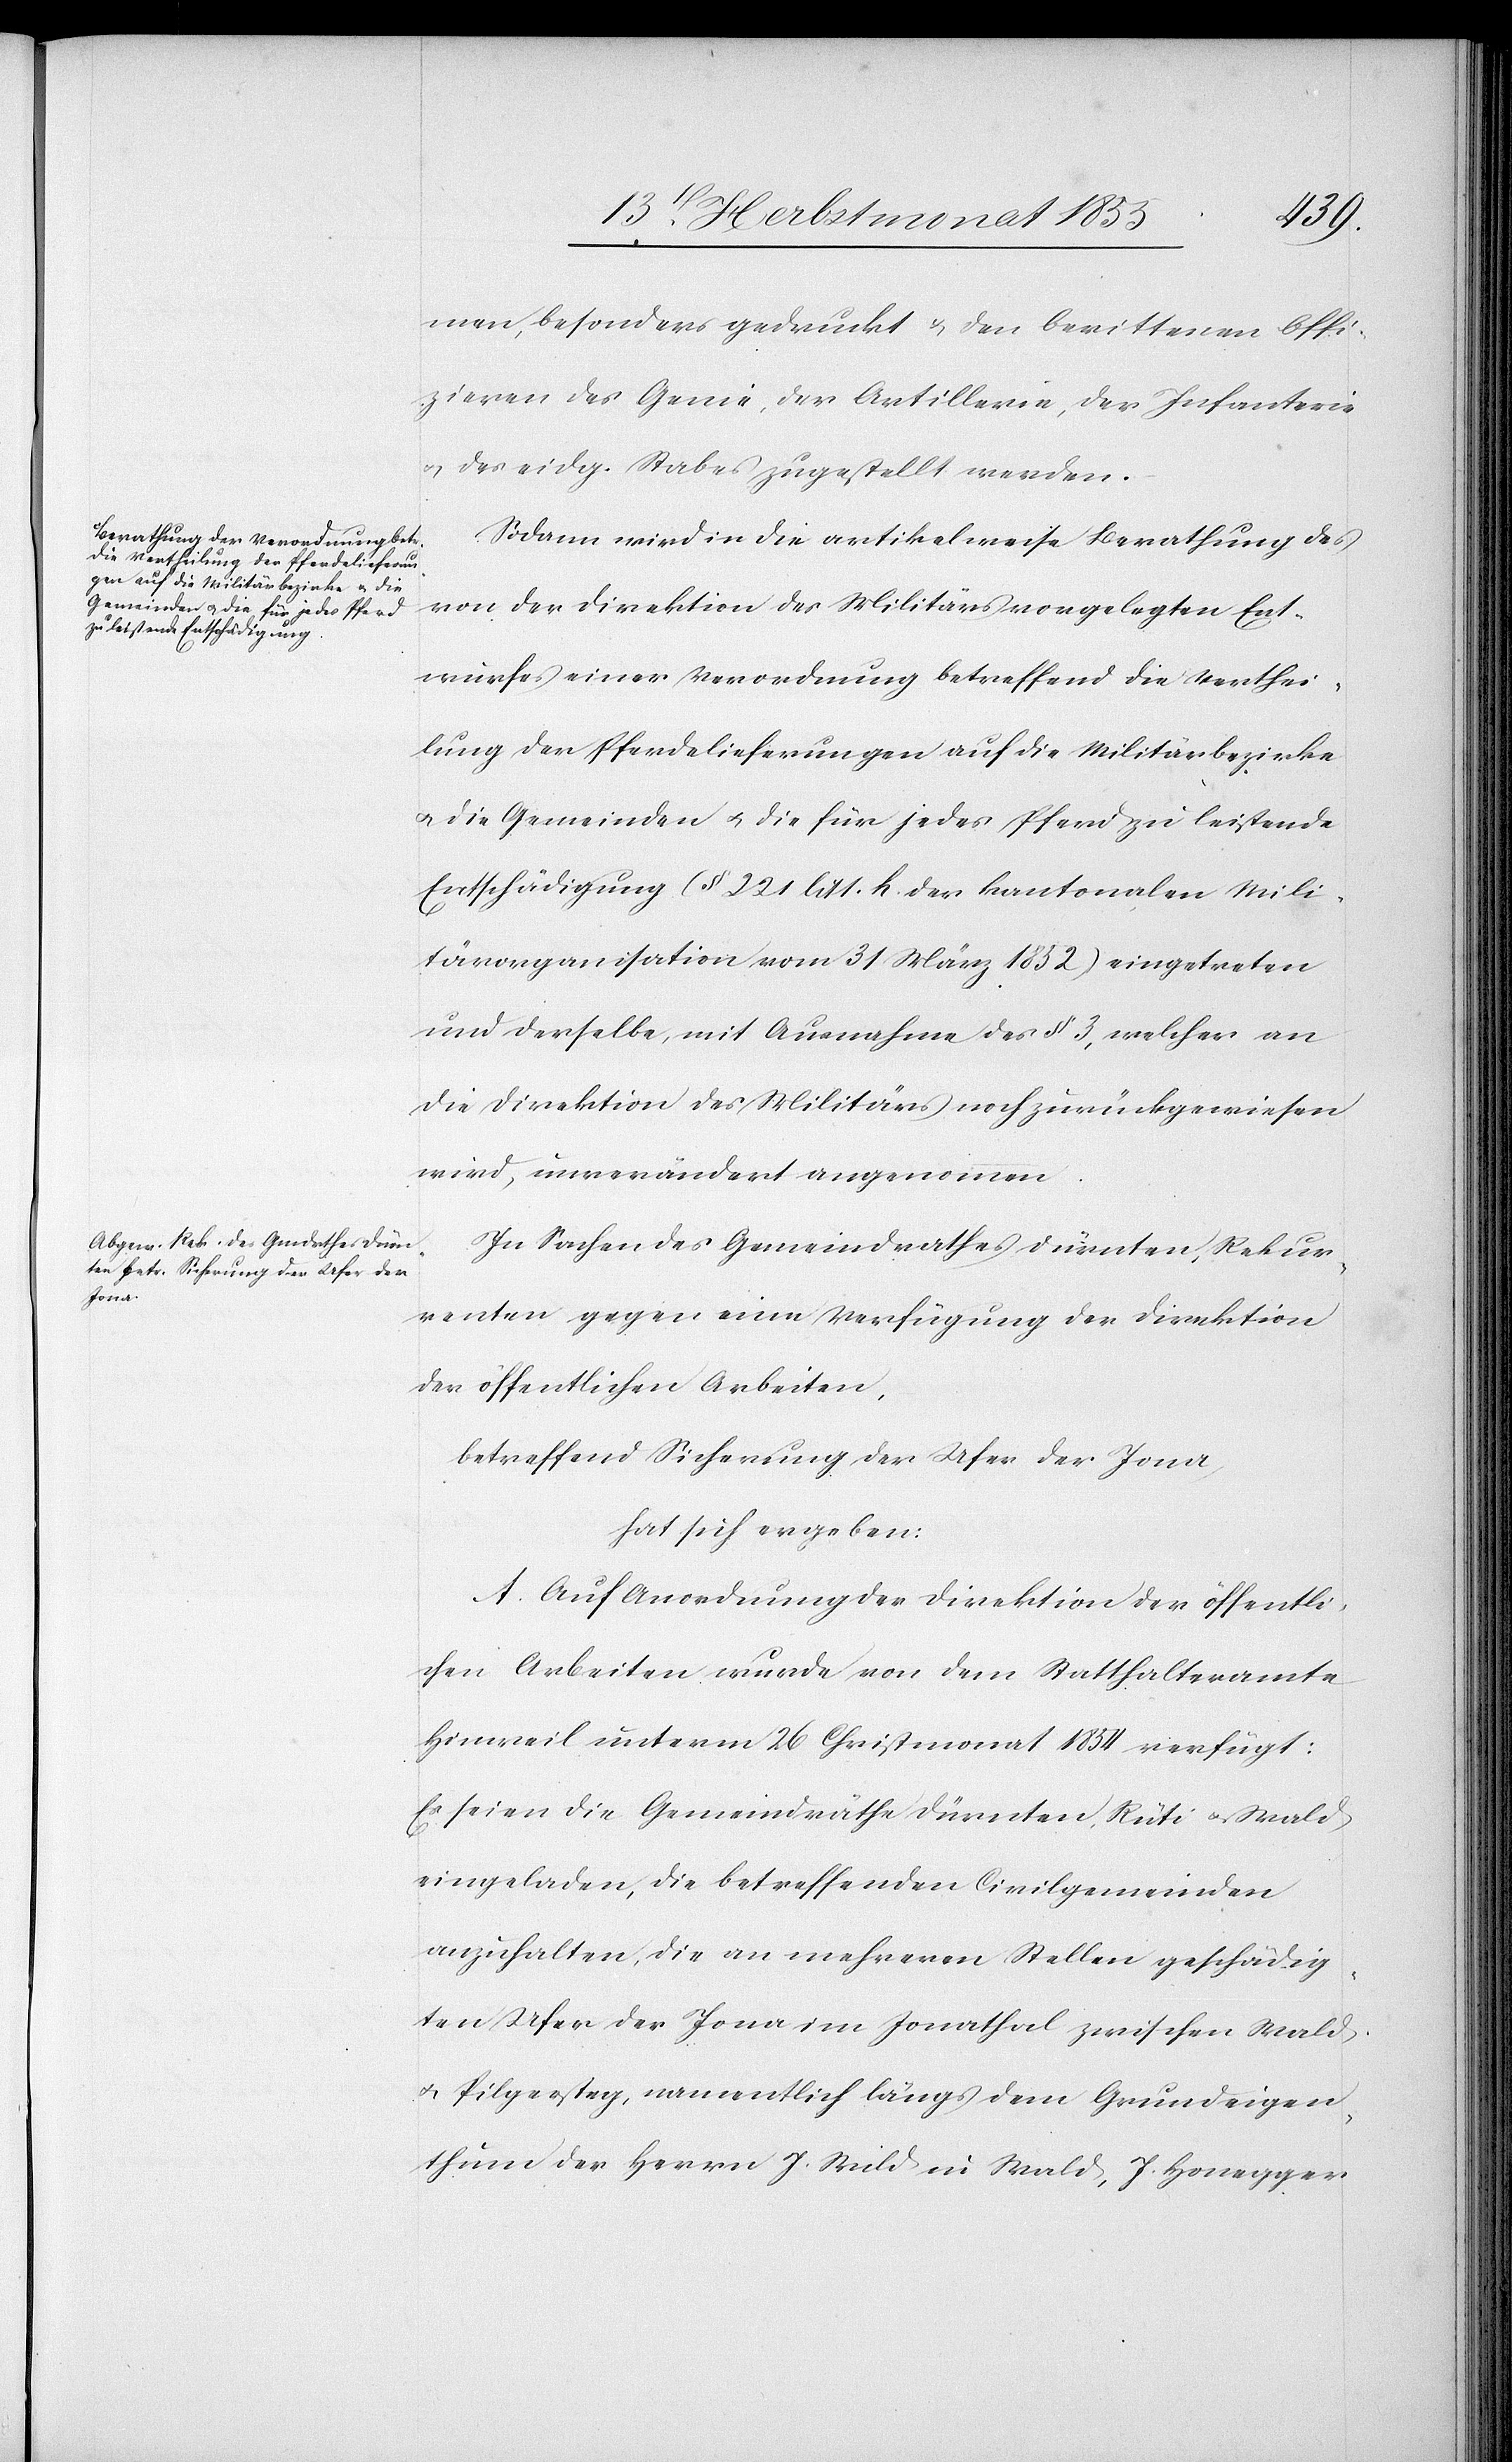
men, besonders gedruckt & den berittenen Offi¬
zieren des Genie, der Artillerie, der Infanterie
& des eidg. Stabes zugestellt werden.
Sodann wird in die artikelweise Berathung des
von der Direktion des Militärs vorgelegten Ent¬
wurfes einer Verordnung betreffend die Verthei¬
lung der Pferdelieferungen auf die Militärbezirke
& die Gemeinden & die für jedes Pferd zu leistende
Entschädigung (§ 221 litt. h der kantonalen Mili¬
tärorganisation vom 31 März 1852) eingetreten
und derselbe, mit Ausnahme des § 3, welcher an
die Direktion des Militärs noch zurückgewiesen
wird, unverändert angenommen.
In Sachen des Gemeindrathes Dürnten, Rekur¬
renten gegen eine Verfügung der Direktion
der öffentlichen Arbeiten,
betreffend Sicherung der Ufer der Jona,
hat sich ergeben:
A. Auf Anordnung der Direktion der öffentli¬
chen Arbeiten wurde von dem Statthalteramte
Hinweil unterm 26 Christmonat 1854 verfügt:
Es seien die Gemeindräthe Dürnten, Rüti & Wald
eingeladen, die betreffenden Civilgemeinden
anzuhalten, die an mehreren Stellen geschädig¬
ten Ufer der Jona im Jonathal zwischen Wald
& Pilgersteg, namentlich längs dem Grundeigen¬
thum der Herrn J. Wild in Wald, J. Honegger